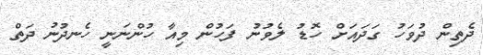
ދެތިން ދުވަހު ގަދައަށް ހޮޑު ލެވުނު ފަހުން މިއާ ހުންނަނީ ހެނދުނު ދަތް